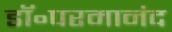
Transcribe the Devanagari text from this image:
डॉ॰परमानंद